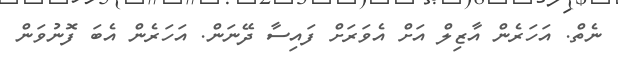
ނެތް. އަހަރެން އާޒިލް އަށް އެވަރަށް ފައިސާ ދޭނަން. އަހަރެން އެބަ ފޮނުވަން